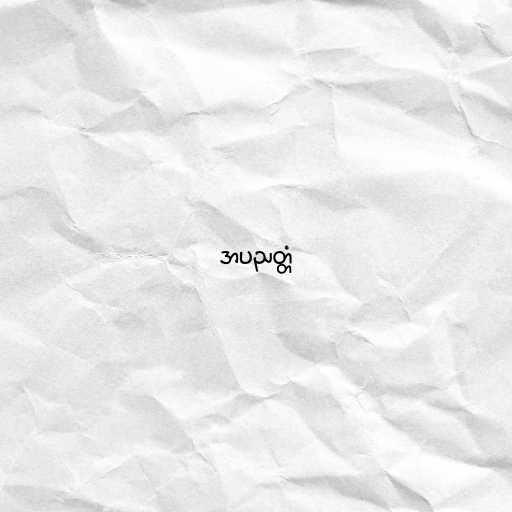
အပညတ္တံ